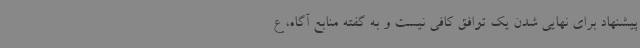
پیشنهاد برای نهایی شدن یک توافق کافی نیست و به گفته منابع آگاه، ع